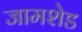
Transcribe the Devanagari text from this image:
जामशेड